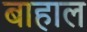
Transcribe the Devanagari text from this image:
बाहाल